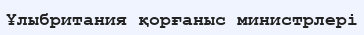
Ұлыбритания қорғаныс министрлері